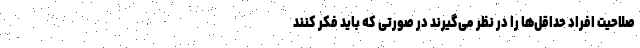
صلاحیت افراد حداقل‌ها را در نظر می‌گیرند در صورتی که باید فکر کنند